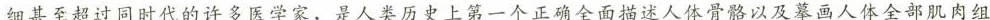
细甚至超过同时代的许多医学家，是人类历史上第一个正确全面描述人体骨骼以及摹画人体全部肌肉组